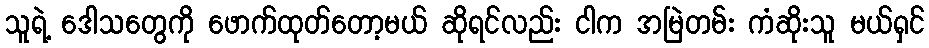
သူရဲ့ ဒေါသတွေကို ဖောက်ထုတ်တော့မယ် ဆိုရင်လည်း ငါက အမြဲတမ်း ကံဆိုးသူ မယ်ရှင်